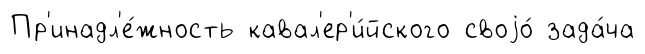
Пр'инадл'е́жность кавал'ер'и́йского своjо́ зада́ча